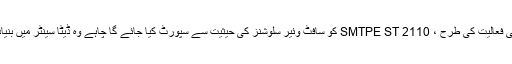
اسٹریم ماسٹر اور گیلیم کی فعالیت کی طرح ، SMTPE ST 2110 کو سافٹ وئیر سلوشنز کی حیثیت سے سپورٹ کیا جائے گا چاہے وہ ڈیٹا سینٹر میں بنیاد پر ہو یا ورچوئلائزڈ ہو۔